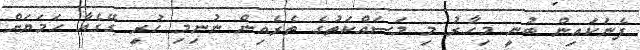
ފެނަކައިން ބުނީ މިހާރު މި މަސައްކަތުގެ ތެރެއިން ނުނިމި ހުރީ ގޭގެއާ ހަމަޔަށް